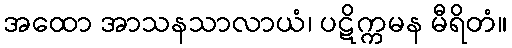
အထော အာသနသာလာယံ၊ ပဋိက္ကမန မီရိတံ။